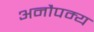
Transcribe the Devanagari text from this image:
अनौपम्य